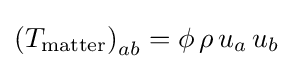
\left(T_{\rm {matter}}\right)_{ab}=\phi \,\rho \,u_{a}\,u_{b}